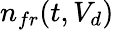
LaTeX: n_{fr}(t,V_{d})